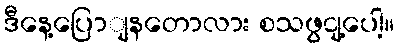
ဒီနေ့ပြောျနတောလား စသဖွငျ့ပေါ့။